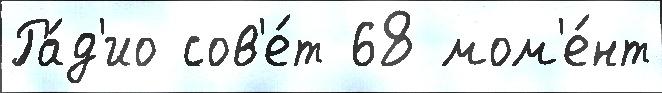
Ра́д'ио сов'е́т 68 мом'е́нт